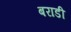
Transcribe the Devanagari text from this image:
बराडी